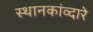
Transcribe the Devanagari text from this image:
स्थानकांव्दारे